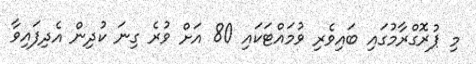
މި ޕުރޮގްރާމުގައި ބައިވެރި ވުމައްޓަކައި 80 އަށް ވުރެ ގިނަ ކުދިން އެދިފައިވާ